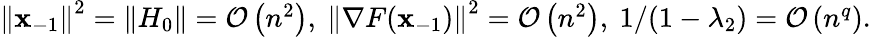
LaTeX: \begin{array}{r}{\left\Vert\mathbf{x}_{-1}\right\Vert^{2}=\left\Vert H_{0}\right\Vert=\mathcal{O}\left(n^{2}\right),\ \left\Vert\nabla F(\mathbf{x}_{-1})\right\Vert^{2}=\mathcal{O}\left(n^{2}\right),\ 1/(1-\lambda_{2})=\mathcal{O}\left(n^{q}\right).}\end{array}